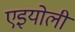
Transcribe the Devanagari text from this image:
एइयोली